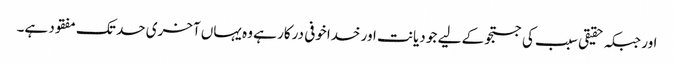
اور جبکہ حقیقی سبب کی جستجو کے لیے جو دیانت اور خداخوفی درکار ہے وہ یہاں آخری حد تک مفقود ہے۔